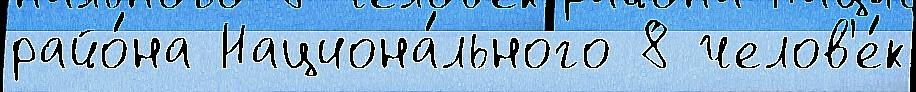
райо́на Национа́льного 8 челов'е́к